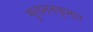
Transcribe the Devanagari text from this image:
गुलशनकुमार